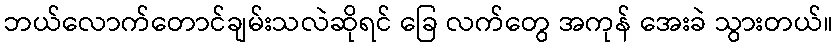
ဘယ်လောက်တောင်ချမ်းသလဲဆိုရင် ခြေ လက်တွေ အကုန် အေးခဲ သွားတယ်။